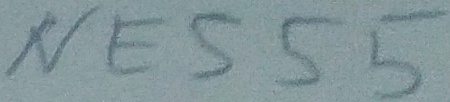
Text: NE555